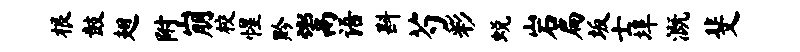
根鼓翅附崩校惺黔鬻语斟芍彩蜕岩扁坂士埠溉斐